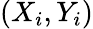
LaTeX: (X_{i},Y_{i})